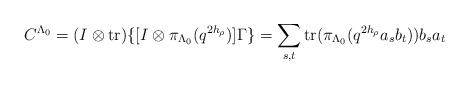
LaTeX: \begin{align*}C^{\Lambda_0}=(I\otimes{\rm tr})\{[I\otimes\pi_{\Lambda_0}(q^{2h_\rho})]\Gamma\}=\sum_{s,t}{\rm tr}(\pi_{\Lambda_0}(q^{2h_\rho}a_sb_t))b_sa_t\end{align*}